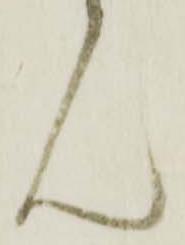
ん